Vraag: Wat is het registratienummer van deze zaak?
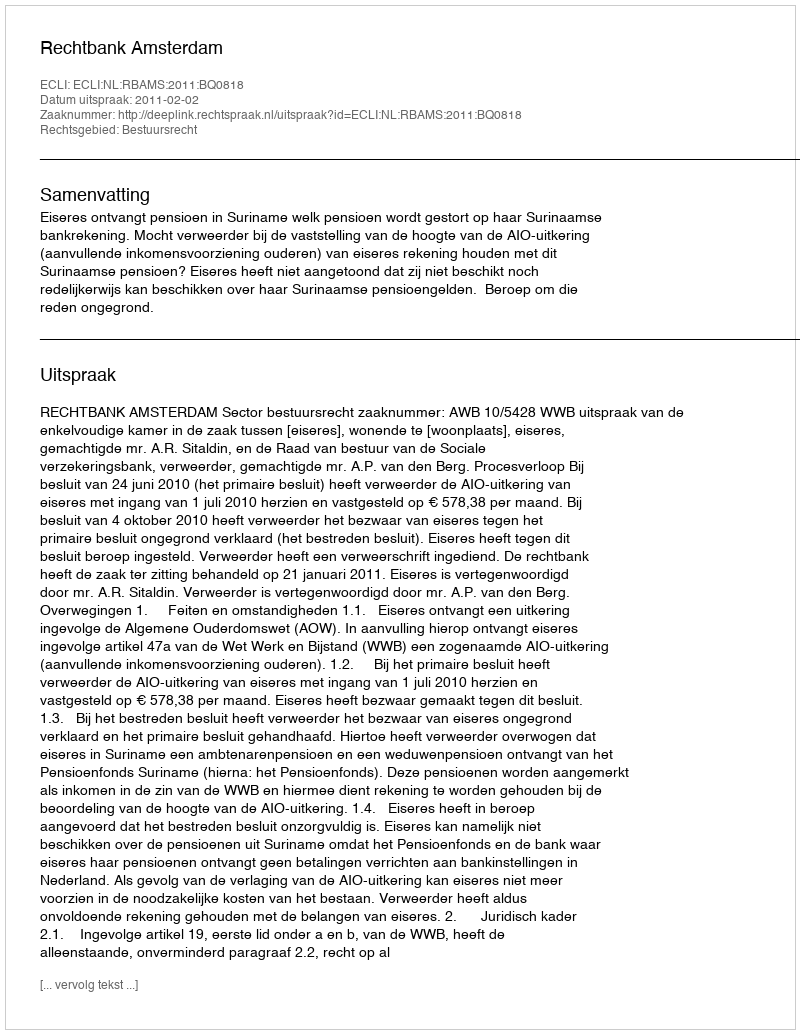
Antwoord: http://deeplink.rechtspraak.nl/uitspraak?id=ECLI:NL:RBAMS:2011:BQ0818